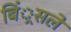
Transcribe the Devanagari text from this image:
बिं्रसले